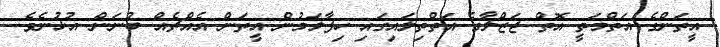
އީތަންގެ އަތްމަތީ އޮތް ޖަޒްލާގެ އަތްތިލައިގައި ހިފާލަމުން އީތަން އެއްޗެއް ބުނަން އުޅުނެވެ.